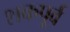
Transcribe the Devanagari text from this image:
शकपूर्व